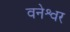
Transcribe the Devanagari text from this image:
वनेश्वर